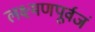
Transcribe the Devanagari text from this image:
लक्ष्मणपूर्वजं